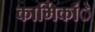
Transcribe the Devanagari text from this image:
कार्मिकांे